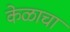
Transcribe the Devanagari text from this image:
केळाचा